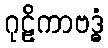
ဂုဠိကာဗဒ္ဓံ